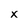
Character: x